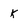
Character: k